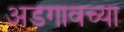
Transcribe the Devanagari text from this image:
अडगावच्या